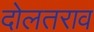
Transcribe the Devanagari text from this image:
दोलतराव